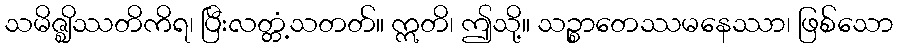
သမိဇ္ဈိဿတိကိရ၊ ပြီးလတ္တံ့သတတ်။ ဣတိ၊ ဤသို့။ သဉ္စာတေဿမနေဿာ၊ ဖြစ်သော